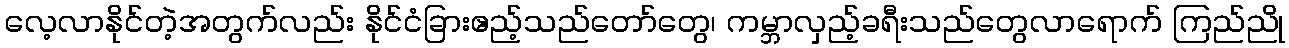
လေ့လာနိုင်တဲ့အတွက်လည်း နိုင်ငံခြားဧည့်သည်တော်တွေ၊ ကမ္ဘာလှည့်ခရီးသည်တွေလာရောက် ကြည်ညို